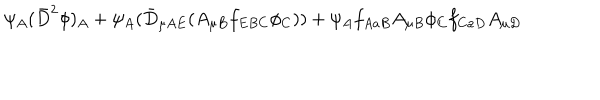
\psi _ { A } ( \bar { D } ^ { 2 } \phi ) _ { A } + \psi _ { A } ( \bar { D } _ { \mu A E } ( A _ { \mu B } f _ { E B C } \phi _ { C } ) ) + \psi _ { A } f _ { A a B } A _ { \mu B } \phi _ { C } f _ { C a D } A _ { \mu D }